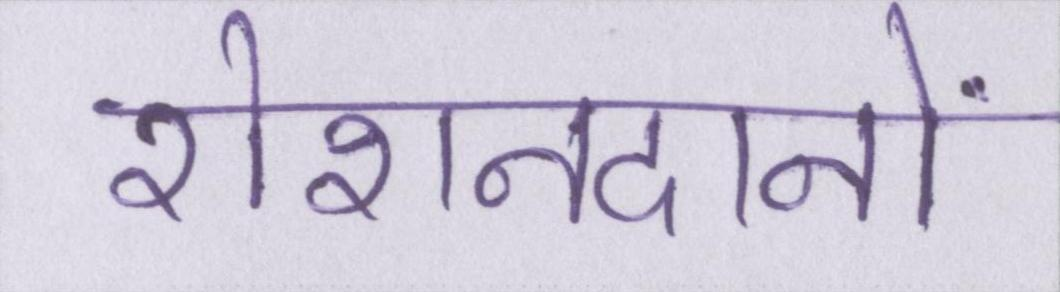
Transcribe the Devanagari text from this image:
रोशनदानों